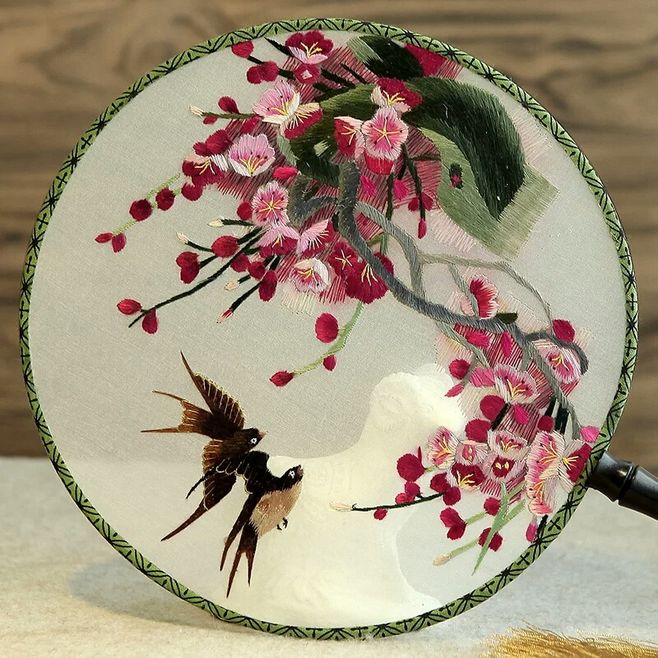
团扇，团扇，美人病来遮面。